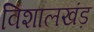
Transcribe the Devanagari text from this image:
विशालखंड़